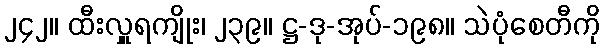
၂၄၂။ ထီးလှူရကျိုး၊ ၂၃၉။ ဋ္ဌ-ဒု-အုပ်-၁၉၈။ သဲပုံစေတီကို